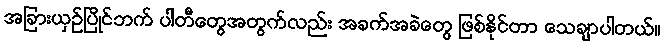
အခြားယှဉ်ပြိုင်ဘက် ပါတီတွေအတွက်လည်း အခက်အခဲတွေ ဖြစ်နိုင်တာ သေချာပါတယ်။